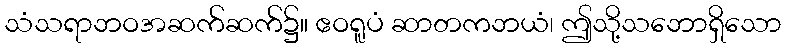
သံသရာဘဝအဆက်ဆက်၌။ ဧဝရူပံ ဆာတကဘယံ၊ ဤသို့သဘောရှိသော